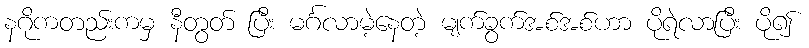
နဂိုကတည်းကမှ နီတွတ် ပြီး မင်္ဂလာမဲ့နေတဲ့ မျက်ခွက်အစ်အစ်ဟာ ပိုရဲလာပြီး ပို၍